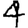
Digit: 4